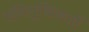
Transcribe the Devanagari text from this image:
संधिमुखिकाएँ